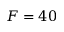
F = 4 0